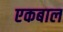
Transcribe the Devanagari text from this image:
एकबाल